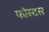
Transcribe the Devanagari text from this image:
फॉस्टस